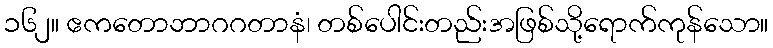
၁၆၂။ ဧကတောဘာဂဂတာနံ၊ တစ်ပေါင်းတည်းအဖြစ်သို့ရောက်ကုန်သော။